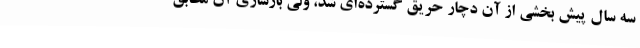
سه سال پیش بخشی از آن دچار حریق گسترده‌ای شد، ولی بازسازی آن مطابق